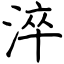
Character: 淬